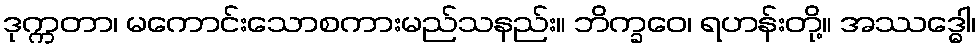
ဒုက္ကတာ၊ မကောင်းသောစကားမည်သနည်း။ ဘိက္ခဝေ၊ ရဟန်းတို့။ အဿဒ္ဓေါ၊